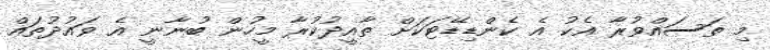
މި ތަސައްވުރާ އެކު އެ ކެންޑިޑޭޓަކަށް ތާއީދުކުރާ މީހުން ބުނާނީ އެ ވައުދުތައް